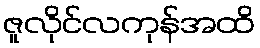
ဇူလိုင်လကုန်အထိ